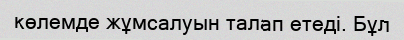
көлемде жұмсалуын талап етеді. Бұл